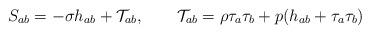
LaTeX: \begin{align*}S_{ab}=-\sigma h_{ab}+\mathcal{T}_{ab}, \qquad \mathcal{T}_{ab}=\rho\tau_a\tau_b+p(h_{ab}+\tau_a\tau_b) \end{align*}